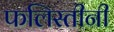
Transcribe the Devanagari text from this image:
फलिस्तीनी